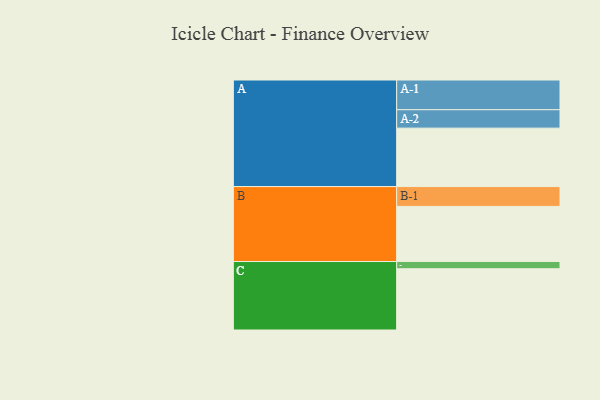
{"axis": {"x": "Segment", "y": "Value"}, "legend": ["", "A", "B", "C"], "data": [{"x": "A", "y": 543, "type": ""}, {"x": "B", "y": 512, "type": ""}, {"x": "C", "y": 569, "type": ""}, {"x": "A-1", "y": 276, "type": "A"}, {"x": "A-2", "y": 171, "type": "A"}, {"x": "B-1", "y": 184, "type": "B"}, {"x": "C-1", "y": 67, "type": "C"}]}